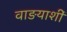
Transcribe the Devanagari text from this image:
वाङयाशीं